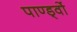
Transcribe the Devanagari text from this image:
पाण्ड्वों